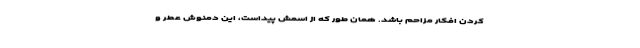
کردن افکار مزاحم باشد. همان طور که از اسمش پیداست، این دمنوش عطر و